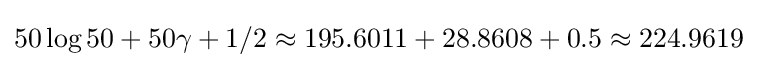
50\log 50+50\gamma +1/2\approx 195.6011+28.8608+0.5\approx 224.9619